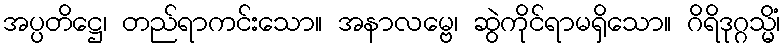
အပ္ပတိဋ္ဌေ၊ တည်ရာကင်းသော။ အနာလမ္ဗေ၊ ဆွဲကိုင်ရာမရှိသော။ ဂိရိဒုဂ္ဂသ္မိံ၊